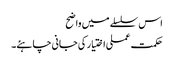
اس سلسلے میں واضح
حکمت عملی اختیار کی جانی چاہئے۔